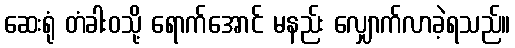
ဆေးရုံ တံခါးဝသို့ ရောက်အောင် မနည်း လျှောက်လာခဲ့ရသည်။